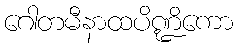
ဂေါတမီနာထပိဏ္ဍိကော